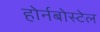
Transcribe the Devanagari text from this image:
होर्नबोस्टेल